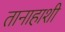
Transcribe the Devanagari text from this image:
तानाहाशी